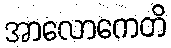
အာလောကေတိ